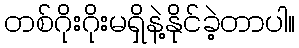
တစ်ဂိုးဂိုးမရှိနဲ့နိုင်ခဲ့တာပါ။